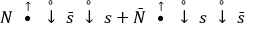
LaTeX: N ~ \stackrel { \uparrow } { \bullet } ~ \stackrel { \circ } { \downarrow } ~ \bar { s } ~ \stackrel { \circ } { \downarrow } ~ s + \bar { N } ~ \stackrel { \uparrow } { \bullet } ~ \stackrel { \circ } { \downarrow } ~ s ~ \stackrel { \circ } { \downarrow } ~ \bar { s }